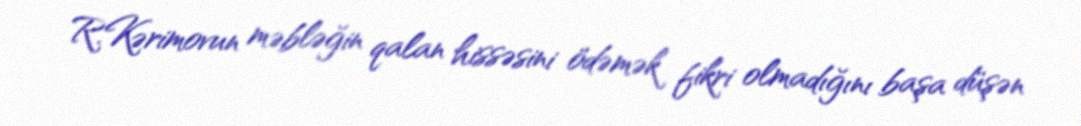
R.Kərimovun məbləğin qalan hissəsini ödəmək fikri olmadığını başa düşən